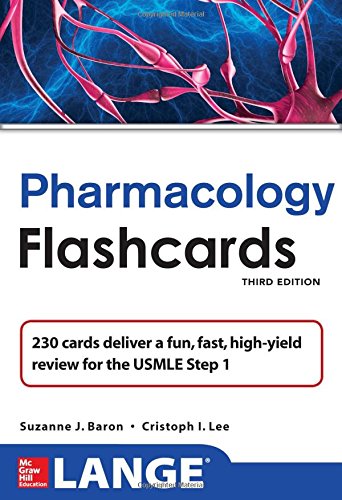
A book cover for Lange Pharmacology Flash Cards, Third Edition (LANGE FlashCards); Suzanne Baron; Medical Books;